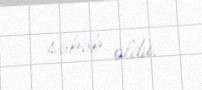
səbəb oldu.